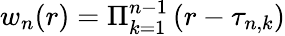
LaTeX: w_{n}(r)=\Pi_{k=1}^{n-1}\, (r-\tau_{n,k})